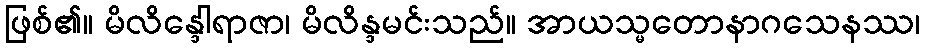
ဖြစ်၏။ မိလိန္ဒေါရာဇာ၊ မိလိန္ဒမင်းသည်။ အာယသ္မတောနာဂသေနဿ၊